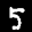
Label: 5